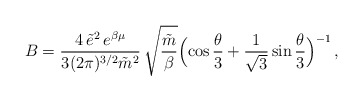
\begin{align*}B = \frac{4\,\tilde{e}^2\,e^{\beta\mu}}{3(2\pi)^{3/2}\tilde{m}^2}\,\sqrt{\frac{\tilde{m}}{\beta}}\Bigl(\cos \frac{\theta}{3}+ \frac{1}{\sqrt{3}}\sin\frac{\theta}{3}\Bigr)^{-1}\, ,\end{align*}